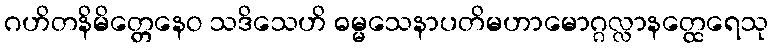
ဂဟိတနိမိတ္တေနေဝ သဒိသေဟိ ဓမ္မသေနာပတိမဟာမောဂ္ဂလ္လာနတ္ထေရေသု